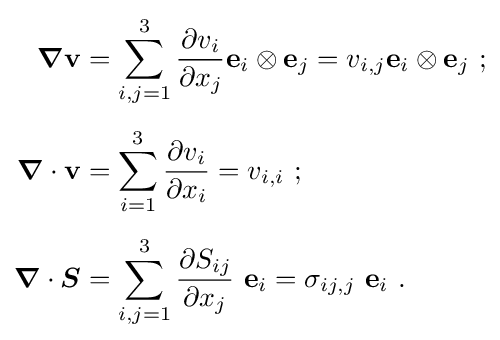
{\begin{aligned}{\boldsymbol {\nabla }}\mathbf {v} &=\sum _{i,j=1}^{3}{\frac {\partial v_{i}}{\partial x_{j}}}\mathbf {e} _{i}\otimes \mathbf {e} _{j}=v_{i,j}\mathbf {e} _{i}\otimes \mathbf {e} _{j}~;\\[1ex]{\boldsymbol {\nabla }}\cdot \mathbf {v} &=\sum _{i=1}^{3}{\frac {\partial v_{i}}{\partial x_{i}}}=v_{i,i}~;\\[1ex]{\boldsymbol {\nabla }}\cdot {\boldsymbol {S}}&=\sum _{i,j=1}^{3}{\frac {\partial S_{ij}}{\partial x_{j}}}~\mathbf {e} _{i}=\sigma _{ij,j}~\mathbf {e} _{i}~.\end{aligned}}